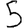
Digit: 5